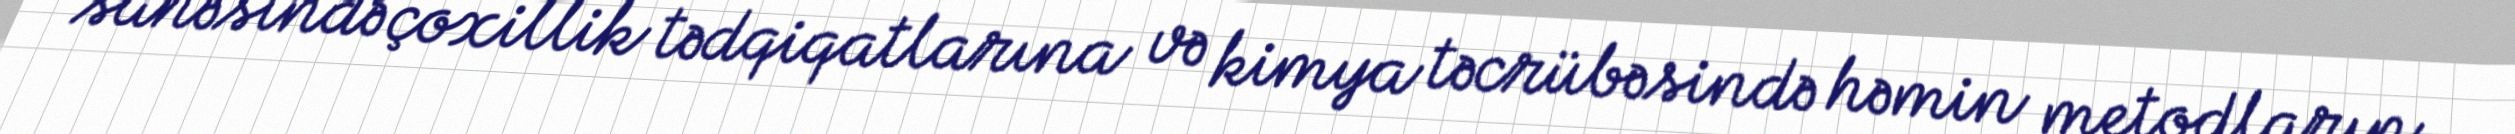
sahəsində çoxillik tədqiqatlarına və kimya təcrübəsində həmin metodların